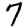
Digit: 7